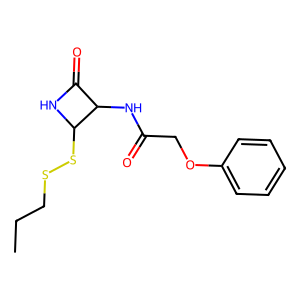
SMILES: CCCSSC1NC(=O)C1NC(=O)COc1ccccc1
Inhibits HIV replication: No